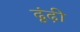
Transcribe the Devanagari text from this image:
ढूंढ़ी